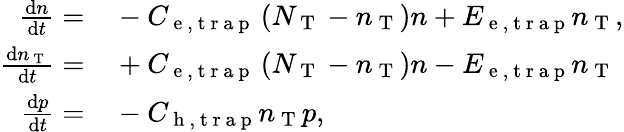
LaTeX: \begin{array}{rl}{\frac{\mathrm{d}n}{\mathrm{d}t}=}&{{}-C_{\mathrm{~e~,~t~r~a~p~}}\left(N_{\mathrm{~T~}}-n_{\mathrm{~T~}}\right)n+E_{\mathrm{~e~,~t~r~a~p~}}n_{\mathrm{~T~}},}\\ {\frac{\mathrm{d}n_{\mathrm{~T~}}}{\mathrm{d}t}=}&{{}+C_{\mathrm{~e~,~t~r~a~p~}}\left(N_{\mathrm{~T~}}-n_{\mathrm{~T~}}\right)n-E_{\mathrm{~e~,~t~r~a~p~}}n_{\mathrm{~T~}}}\\ {\frac{\mathrm{d}p}{\mathrm{d}t}=}&{{}-C_{\mathrm{~h~,~t~r~a~p~}}n_{\mathrm{~T~}}p,}\end{array}